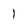
Character: l